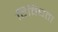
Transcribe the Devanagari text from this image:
विविघता